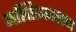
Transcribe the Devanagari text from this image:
मस्तिश्कावरण